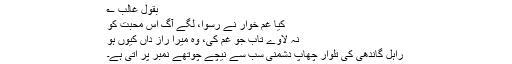
بقول غالب ؎
کِیا غم خوار نے رسوا، لگے آگ اس محبّت کو
نہ لاوے تاب جو غم کی، وہ میرا راز داں کیوں ہو
راہل گاندھی کی تلوار چھاپ دشمنی سب سے نیچے چوتھے نمبر پر آتی ہے۔